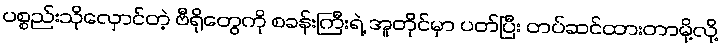
ပစ္စည်းသိုလှောင်တဲ့ ဗီရိုတွေကို စခန်းကြီးရဲ့ အူတိုင်မှာ ပတ်ပြီး တပ်ဆင်ထားတာမို့လို့